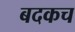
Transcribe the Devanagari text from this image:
बदकच